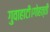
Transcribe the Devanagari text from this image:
गुवाहाटी।गोहत्ती